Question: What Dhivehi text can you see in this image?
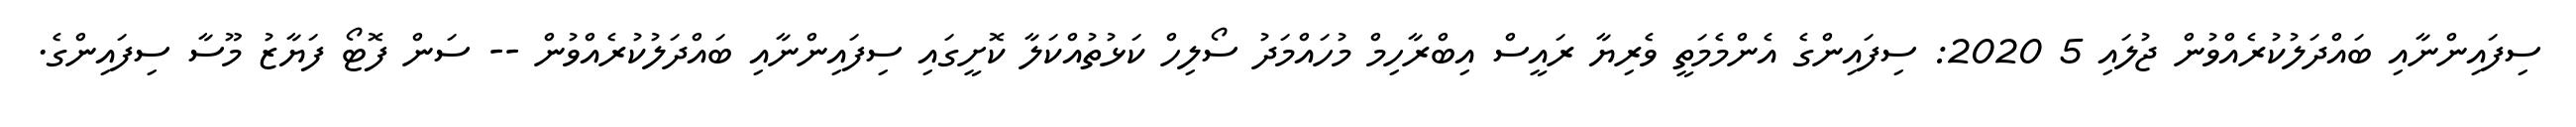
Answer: ސިފައިންނާއި ބައްދަލުކުރެއްވުން ޖުލައި 5 2020: ސިފައިންގެ އެންމެމަތީ ވެރިޔާ ރައީސް އިބްރާހިމް މުހައްމަދު ސޯލިހް ކަޅުތުއްކަލާ ކޮށީގައި ސިފައިންނާއި ބައްދަލުކުރެއްވުން -- ސަން ފޮޓޯ ފަޔާޒު މޫސާ ސިފައިންގެ.